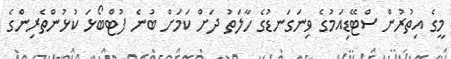
މީގެ އިތުރުން ސްޓޭޑިއަމުގެ ވިނަގަނޑުގެ ހާލަތު ދަށް ކަމަށް ބުނެ ފުޓްބޯޅަ ކުޅުންތެރިންގެ